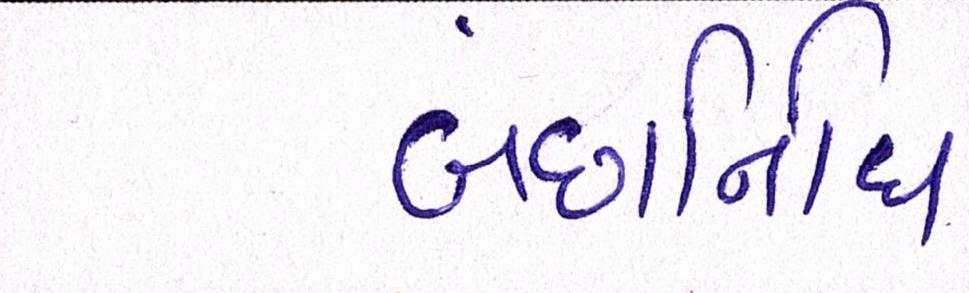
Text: બંછાનિધિ